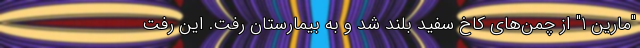
"مارین 1" از چمن‌های کاخ سفید بلند شد و به بیمارستان رفت. این رفت